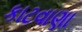
કાટવાણા